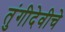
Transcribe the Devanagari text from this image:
तुंगीदेवीचे